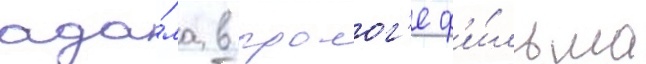
ада́ма в пролог'е ф'и́льма